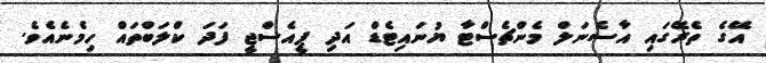
އޭގެ ތެރޭގައި އާސެނަލް މެންޗެސްޓާ ޔުނައިޓެޑް އަދި ޕީއެސްޖީ ފަދަ ކްލަބްތައް ހިމެނެއެވެ.